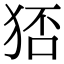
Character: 𤞜